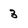
Character: 3